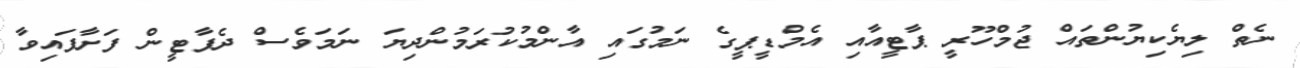
ނެތް ލިޔެކިޔުންތައް ޖުމްހޫރީ ޕާޓީއާއި އެމްޑީޕީގެ ނަމުގައި އާންމުކުރަމުންދިޔަ ނަމަވެސް ދެޕާޓީން ފަށާފައިވާ